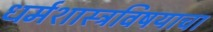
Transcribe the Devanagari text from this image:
धर्मशास्त्रविषयाचा